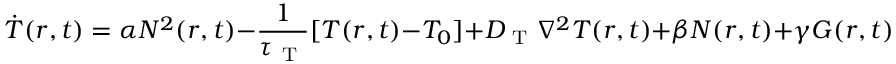
\dot { T } ( r , t ) = \alpha N ^ { 2 } ( r , t ) - \frac { 1 } { \tau _ { \mathrm { ~ T ~ } } } [ T ( r , t ) - T _ { 0 } ] + D _ { \mathrm { ~ T ~ } } \nabla ^ { 2 } T ( r , t ) + \beta N ( r , t ) + \gamma G ( r , t )